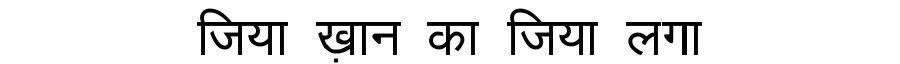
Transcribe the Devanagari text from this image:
जिया ख़ान का जिया लगा